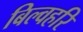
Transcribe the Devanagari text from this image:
बिल्वहरि